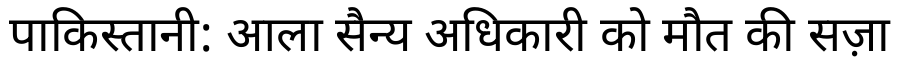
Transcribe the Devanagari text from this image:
पाकिस्तानी: आला सैन्य अधिकारी को मौत की सज़ा